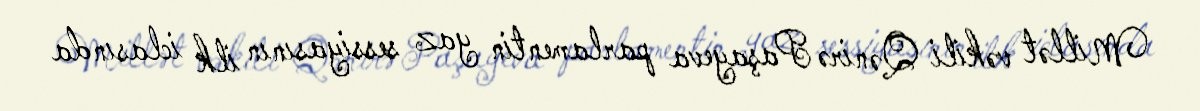
Millət vəkili Qənirə Paşayeva parlamentin yaz sessiyasının ilk iclasında